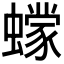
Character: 𰳞